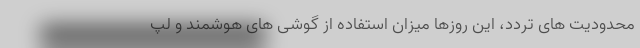
محدودیت های تردد، این روزها میزان استفاده از گوشی های هوشمند و لپ